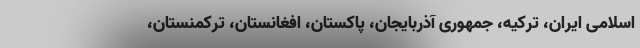
اسلامی ایران، ترکیه، جمهوری آذربایجان، پاکستان، افغانستان، ترکمنستان،